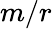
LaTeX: m/r